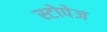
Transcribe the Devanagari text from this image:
स्टोपेज